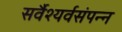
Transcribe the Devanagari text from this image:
सर्वैश्यर्वसंपन्न